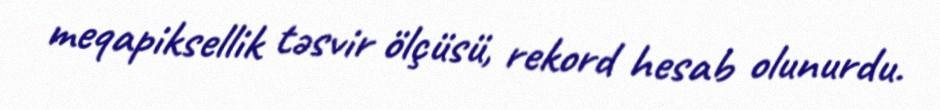
meqapiksellik təsvir ölçüsü, rekord hesab olunurdu.